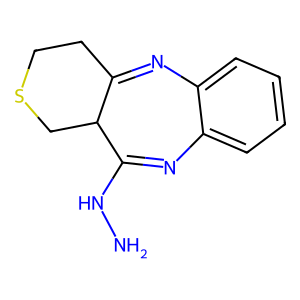
SMILES: NNC1=Nc2ccccc2N=C2CCSCC21
Inhibits HIV replication: No